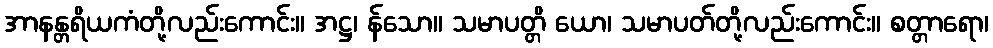
အာနန္တရိယကံတို့လည်းကောင်း။ အဋ္ဌ၊ န်သော။ သမာပတ္တိ ယော၊ သမာပတ်တို့လည်းကောင်း။ စတ္တာရော၊